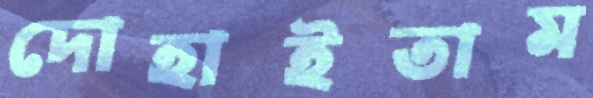
দোহাইতাম